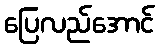
ပြေလည်အောင်